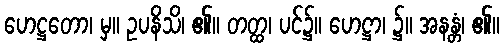
ဟေဋ္ဌတော၊ မှ။ ဥပနိသိ၊ ၏။ တတ္ထ၊ ပင်၌။ ဟေဋ္ဌာ၊ ၌။ အနန္တံ၊ ၏။